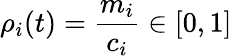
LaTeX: \rho_{i}(t)=\frac{m_{i}}{{c_{i}}}\in[0,1]